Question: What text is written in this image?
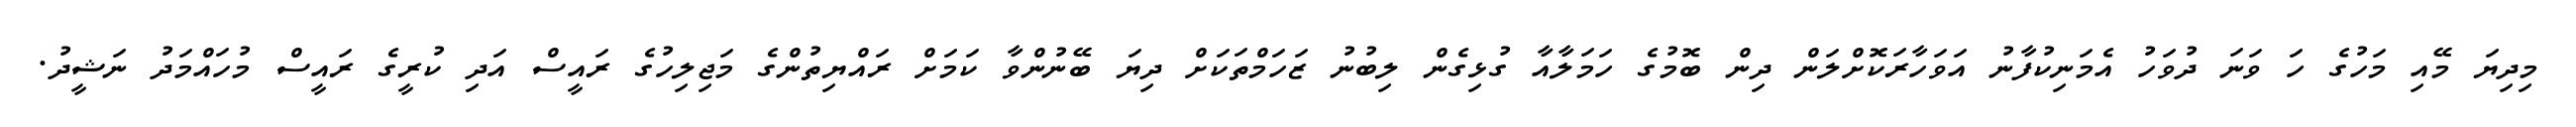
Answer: މިދިޔަ މޭއި މަހުގެ ހަ ވަނަ ދުވަހު އެމަނިކުފާނު އަވަހާރަކޮށްލަން ދިން ބޮމުގެ ހަމަލާއާ ގުޅިގެން ލިބުނު ޒަހަމްތަކަށް ދިޔަ ބޭނުންވާ ކަމަށް ރައްޔިތުންގެ މަޖިލިހުގެ ރައީސް އަދި ކުރީގެ ރައީސް މުހައްމަދު ނަޝީދު.